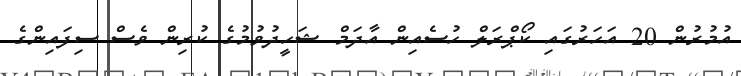
އުމުރުން 20 އަހަރުގައި ކޯޕްރަލް ހުސެއިން އާދަމް ޝަހީދުވުމުގެ ކުރިން ވެސް ސިފައިންގެ